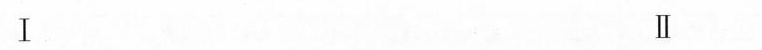
Ⅰ Ⅱ